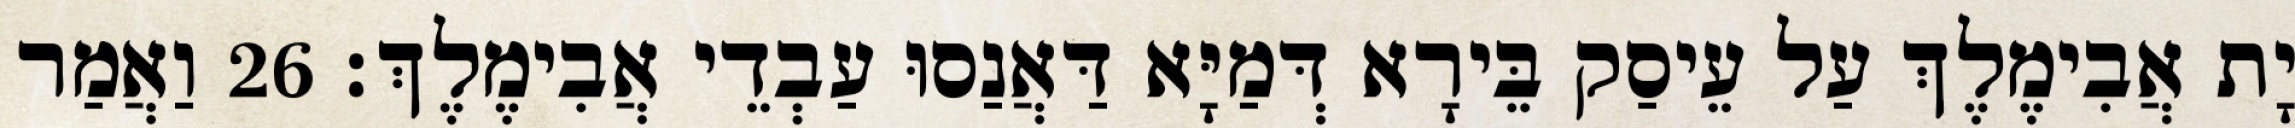
יָת אֲבִימֶלֶךְ עַל עֵיסַק בֵּירָא דְּמַיָּא דַּאֲנַסוּ עַבְדֵי אֲבִימֶלֶךְ׃ 26 וַאֲמַר